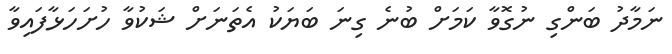
ނަމާދު ބަންގި ނުގޮވާ ކަމަށް ބުނެ ގިނަ ބަޔަކު އެތަނަށް ޝަކުވާ ހުށަހަޅާފައިވާ